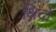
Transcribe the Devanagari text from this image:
क्षिद्रों